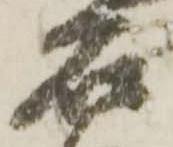
石